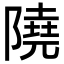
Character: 隢